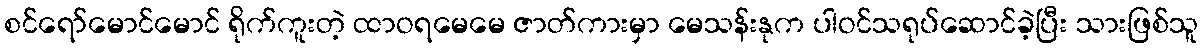
စင်ရော်မောင်မောင် ရိုက်ကူးတဲ့ ထာဝရမေမေ ဇာတ်ကားမှာ မေသန်းနုက ပါဝင်သရုပ်ဆောင်ခဲ့ပြီး သားဖြစ်သူ